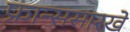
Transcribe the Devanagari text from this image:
फ्रान्ससारखे